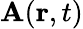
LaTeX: \textbf{A}(\textbf{r},t)